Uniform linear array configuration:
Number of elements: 12
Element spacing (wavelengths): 0.75
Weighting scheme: blackman
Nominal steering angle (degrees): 30
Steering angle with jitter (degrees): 30.727
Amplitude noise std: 0.05
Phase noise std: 0.05

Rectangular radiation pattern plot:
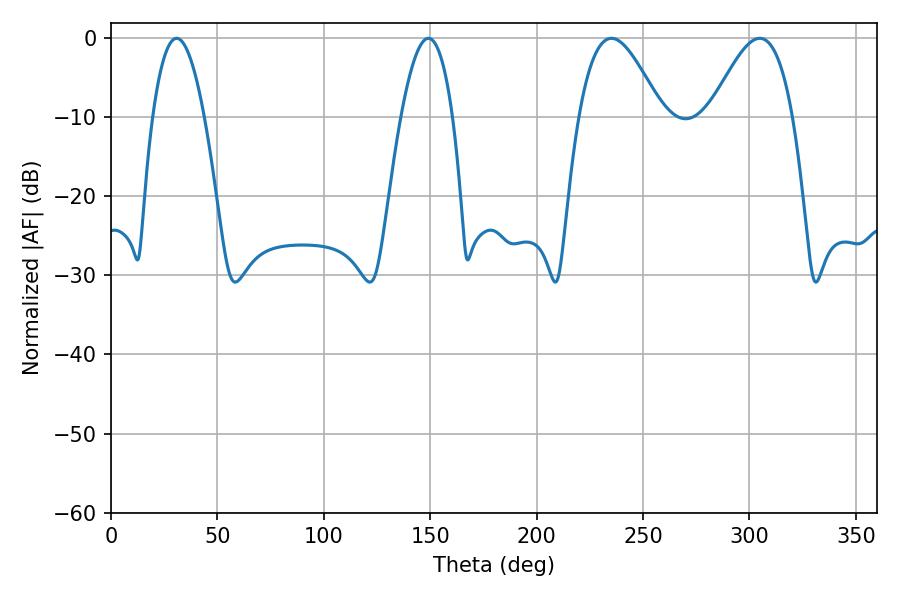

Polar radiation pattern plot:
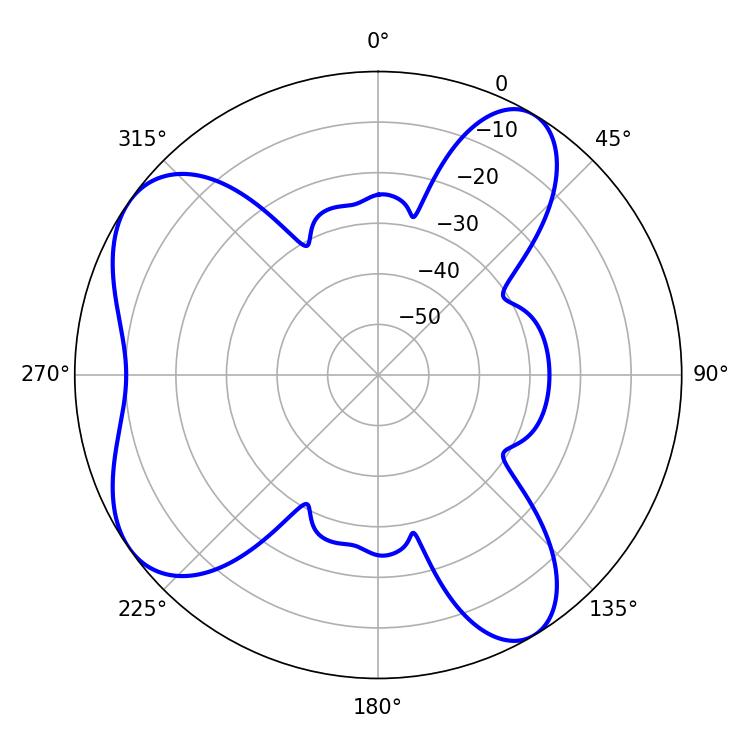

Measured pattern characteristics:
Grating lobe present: TRUE
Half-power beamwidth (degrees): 20.88
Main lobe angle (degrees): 235.08